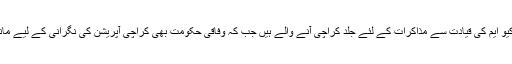
اطلاعات ہیں کہ مولانا فضل الرحمان ایم کیو ایم کی قیادت سے مذاکرات کے لئے جلد کراچی آنے والے ہیں جب کہ وفاقی حکومت بھی کراچی آپریشن کی نگرانی کے لیے مانیٹرنگ کمیٹی بنانے پر غور کر رہی ہے۔